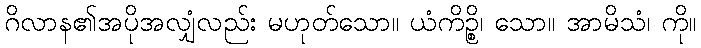
ဂိလာန၏အပိုအလျှံလည်း မဟုတ်သော။ ယံကိဉ္စိ၊ သော။ အာမိသံ၊ ကို။